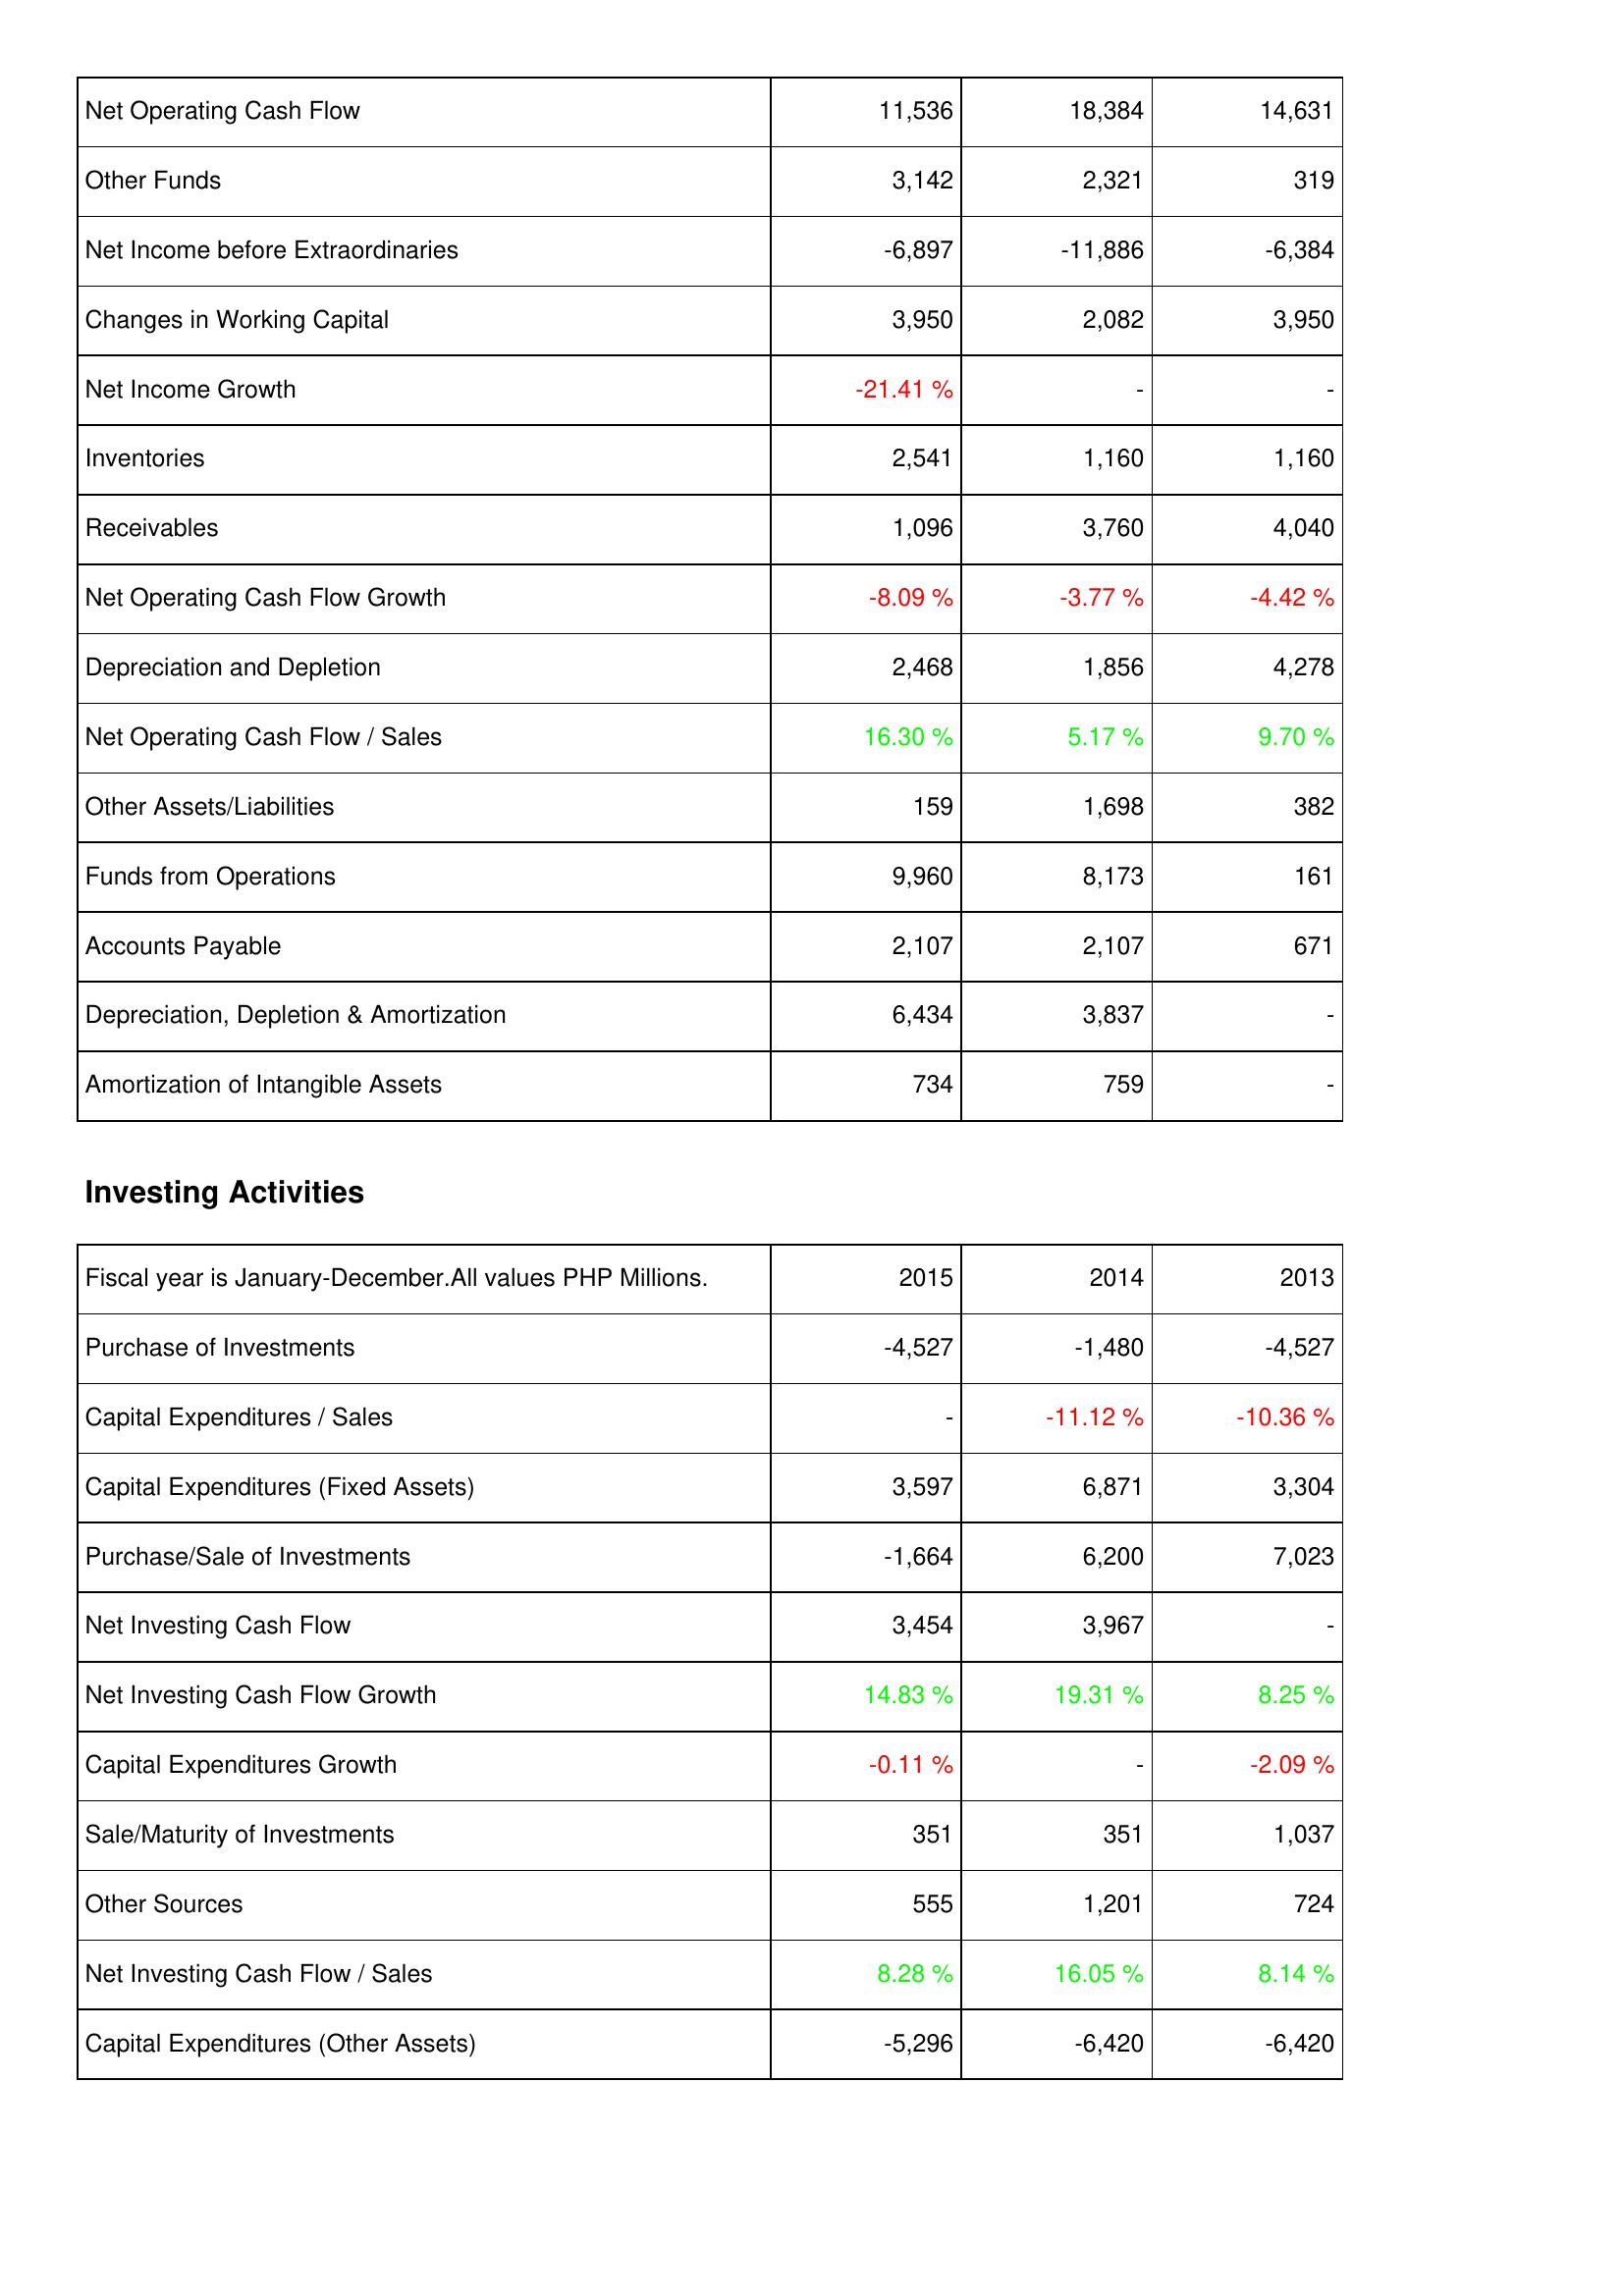
2015: Operating Activities: Net Operating Cash Flow: 11,536
Other Funds: 3,142
Net Income before Extraordinaries: -6,897
Changes in Working Capital: 3,950
Net Income Growth: -21.41 %
Inventories: 2,541
Receivables: 1,096
Net Operating Cash Flow Growth: -8.09 %
Depreciation and Depletion: 2,468
Net Operating Cash Flow / Sales: 16.30 %
Other Assets/Liabilities: 159
Funds from Operations: 9,960
Accounts Payable: 2,107
Depreciation, Depletion & Amortization: 6,434
Amortization of Intangible Assets: 734
Investing Activities: Purchase of Investments: -4,527
Capital Expenditures / Sales: -
Capital Expenditures (Fixed Assets): 3,597
Purchase/Sale of Investments: -1,664
Net Investing Cash Flow: 3,454
Net Investing Cash Flow Growth: 14.83 %
Capital Expenditures Growth: -0.11 %
Sale/Maturity of Investments: 351
Other Sources: 555
Net Investing Cash Flow / Sales: 8.28 %
Capital Expenditures (Other Assets): -5,296
2014: Operating Activities: Net Operating Cash Flow: 18,384
Other Funds: 2,321
Net Income before Extraordinaries: -11,886
Changes in Working Capital: 2,082
Net Income Growth: -
Inventories: 1,160
Receivables: 3,760
Net Operating Cash Flow Growth: -3.77 %
Depreciation and Depletion: 1,856
Net Operating Cash Flow / Sales: 5.17 %
Other Assets/Liabilities: 1,698
Funds from Operations: 8,173
Accounts Payable: 2,107
Depreciation, Depletion & Amortization: 3,837
Amortization of Intangible Assets: 759
Investing Activities: Purchase of Investments: -1,480
Capital Expenditures / Sales: -11.12 %
Capital Expenditures (Fixed Assets): 6,871
Purchase/Sale of Investments: 6,200
Net Investing Cash Flow: 3,967
Net Investing Cash Flow Growth: 19.31 %
Capital Expenditures Growth: -
Sale/Maturity of Investments: 351
Other Sources: 1,201
Net Investing Cash Flow / Sales: 16.05 %
Capital Expenditures (Other Assets): -6,420
2013: Operating Activities: Net Operating Cash Flow: 14,631
Other Funds: 319
Net Income before Extraordinaries: -6,384
Changes in Working Capital: 3,950
Net Income Growth: -
Inventories: 1,160
Receivables: 4,040
Net Operating Cash Flow Growth: -4.42 %
Depreciation and Depletion: 4,278
Net Operating Cash Flow / Sales: 9.70 %
Other Assets/Liabilities: 382
Funds from Operations: 161
Accounts Payable: 671
Depreciation, Depletion & Amortization: -
Amortization of Intangible Assets: -
Investing Activities: Purchase of Investments: -4,527
Capital Expenditures / Sales: -10.36 %
Capital Expenditures (Fixed Assets): 3,304
Purchase/Sale of Investments: 7,023
Net Investing Cash Flow: -
Net Investing Cash Flow Growth: 8.25 %
Capital Expenditures Growth: -2.09 %
Sale/Maturity of Investments: 1,037
Other Sources: 724
Net Investing Cash Flow / Sales: 8.14 %
Capital Expenditures (Other Assets): -6,420